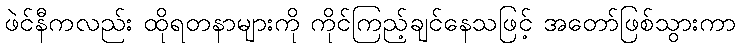
ဖဲင်နီကလည်း ထိုရတနာများကို ကိုင်ကြည့်ချင်နေသဖြင့် အတော်ဖြစ်သွားကာ